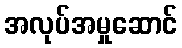
အလုပ်အမှုဆောင်